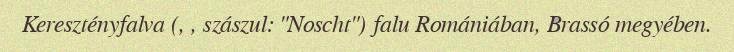
Keresztényfalva (, , szászul: "Noscht") falu Romániában, Brassó megyében.